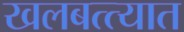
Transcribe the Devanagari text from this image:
खलबत्त्यात